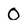
Character: 0